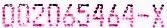
002065464-X